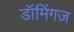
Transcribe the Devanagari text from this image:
डॉमिंगज़